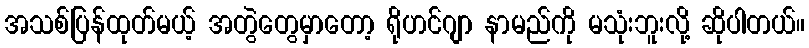
အသစ်ပြန်ထုတ်မယ့် အတွဲတွေမှာတော့ ရိုဟင်ဂျာ နာမည်ကို မသုံးဘူးလို့ ဆိုပါတယ်။